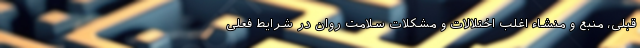
قبلی، منبع و منشاء اغلب اختلالات و مشکلات سلامت روان در شرایط فعلی